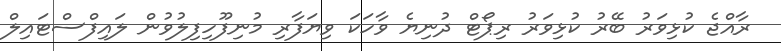
ރާއްޖެ ކުޅިވަރު ބޭރު ކުޅިވަރު ރިޕޯޓް ދުނިޔެ ވާހަކަ ވިޔަފާރި މުނިފޫހިފިލުވުން ލައިފްސްޓައިލް